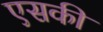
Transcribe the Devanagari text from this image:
एसकी